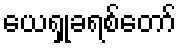
ယေရှုခရစ်တော်